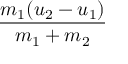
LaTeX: \frac { m _ { 1 } ( u _ { 2 } - u _ { 1 } ) } { m _ { 1 } + m _ { 2 } }